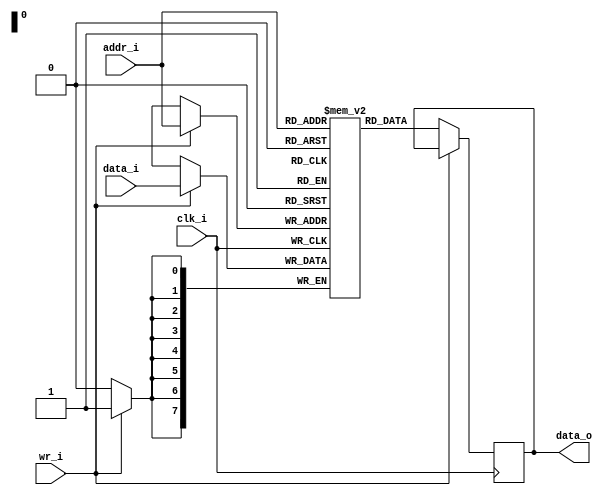
// Generated by MyHDL 0.11


`timescale 1ns/10ps

module ram (
    clk_i,
    wr_i,
    addr_i,
    data_i,
    data_o
);
// Inputs:
//   clk_i:  Data is read/written on the rising edge of this clock input.
//   wr_i:   When high, data is written to the RAM; when low, data is read from the RAM.
//   addr_i: Address bus for selecting which RAM location is being read/written.
//   data_i: Data bus for writing data into the RAM.
// Outputs:
//   data_o: Data bus for reading data from the RAM.

input clk_i;
input wr_i;
input [7:0] addr_i;
input [7:0] data_i;
output [7:0] data_o;
reg [7:0] data_o;

reg [7:0] mem [0:256-1];



always @(posedge clk_i) begin: RAM_LOC_INSTS_CHUNK_INSTS_K
    if (wr_i) begin
        mem[addr_i] <= data_i;
    end
    else begin
        data_o <= mem[addr_i];
    end
end

endmodule